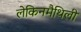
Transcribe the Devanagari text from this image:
लेकिनमैथिली